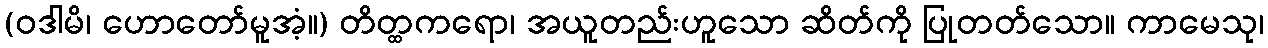
(ဝဒါမိ၊ ဟောတော်မူအံ့။) တိတ္ထကရော၊ အယူတည်းဟူသော ဆိတ်ကို ပြုတတ်သော။ ကာမေသု၊